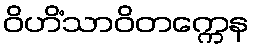
ဝိဟိံသာဝိတက္ကေန